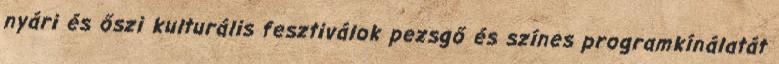
nyári és őszi kulturális fesztiválok pezsgő és színes programkínálatát